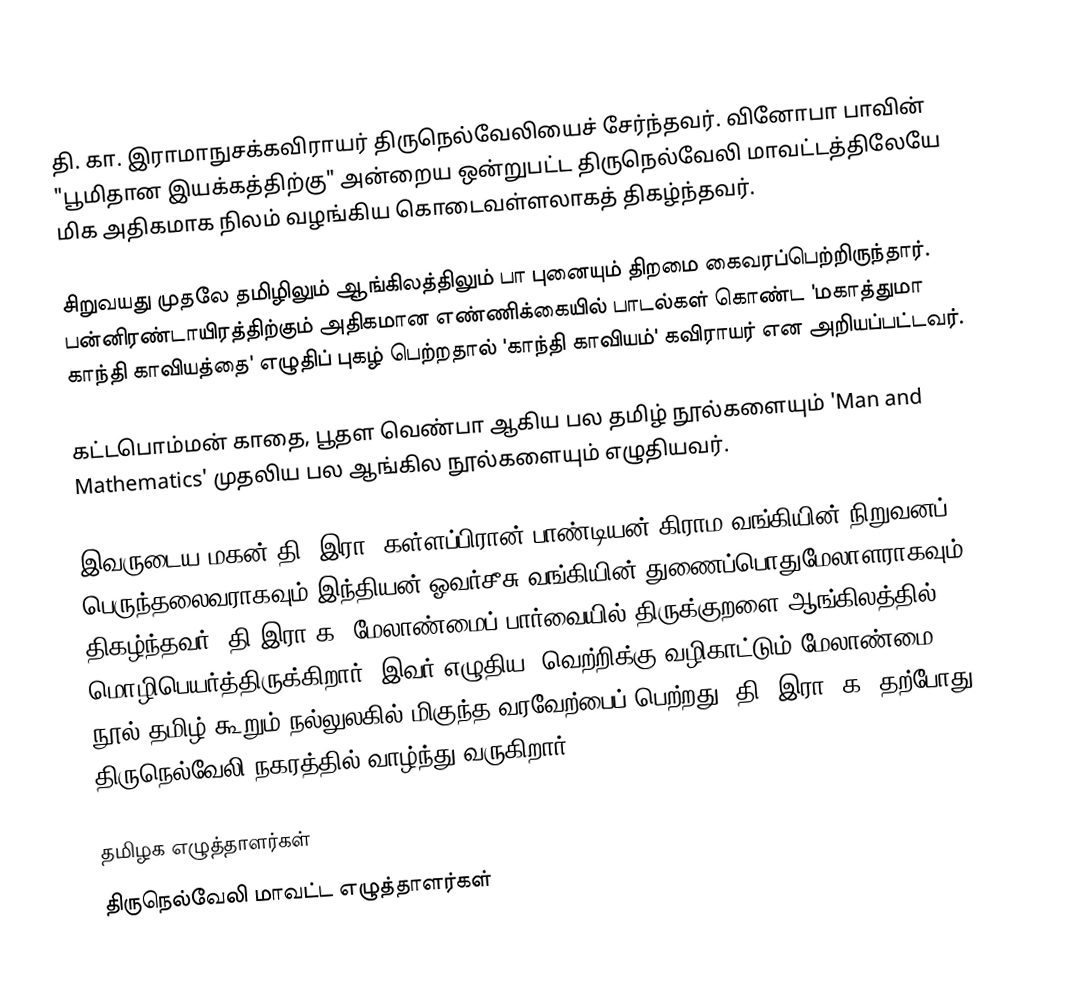
தி. கா. இராமாநுசக்கவிராயர் திருநெல்வேலியைச் சேர்ந்தவர். வினோபா பாவின் "பூமிதான இயக்கத்திற்கு" அன்றைய ஒன்றுபட்ட திருநெல்வேலி மாவட்டத்திலேயே மிக அதிகமாக நிலம் வழங்கிய கொடைவள்ளலாகத் திகழ்ந்தவர்.

சிறுவயது முதலே தமிழிலும் ஆங்கிலத்திலும் பா புனையும் திறமை கைவரப்பெற்றிருந்தார்.  பன்னிரண்டாயிரத்திற்கும் அதிகமான எண்ணிக்கையில் பாடல்கள் கொண்ட 'மகாத்துமா காந்தி காவியத்தை' எழுதிப் புகழ் பெற்றதால் 'காந்தி காவியம்' கவிராயர் என அறியப்பட்டவர்.

கட்டபொம்மன் காதை, பூதள வெண்பா ஆகிய பல தமிழ் நூல்களையும் 'Man and Mathematics' முதலிய பல ஆங்கில நூல்களையும் எழுதியவர்.

இவருடைய மகன் தி. இரா. கள்ளப்பிரான் பாண்டியன் கிராம வங்கியின் நிறுவனப் பெருந்தலைவராகவும் இந்தியன் ஓவர்சீசு வங்கியின் துணைப்பொதுமேலாளராகவும் திகழ்ந்தவர்; தி.இரா.க. மேலாண்மைப் பார்வையில் திருக்குறளை ஆங்கிலத்தில் மொழிபெயர்த்திருக்கிறார். இவர் எழுதிய 'வெற்றிக்கு வழிகாட்டும் மேலாண்மை' நூல் தமிழ் கூறும் நல்லுலகில் மிகுந்த வரவேற்பைப் பெற்றது.  தி. இரா. க. தற்போது திருநெல்வேலி நகரத்தில் வாழ்ந்து வருகிறார்.

தமிழக எழுத்தாளர்கள்
திருநெல்வேலி மாவட்ட எழுத்தாளர்கள்